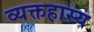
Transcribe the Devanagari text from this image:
व्यक्तहास्य